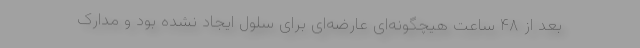
بعد از ۴۸ ساعت هیچگونه‌ای عارضه‌ای برای سلول ایجاد نشده بود و مدارک